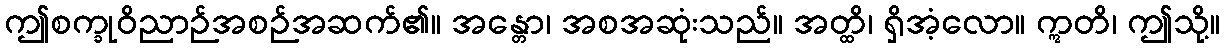
ဤစက္ခုဝိညာဉ်အစဉ်အဆက်၏။ အန္တော၊ အစအဆုံးသည်။ အတ္ထိ၊ ရှိအံ့လော။ ဣတိ၊ ဤသို့။